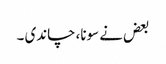
بعض نے سونا، چاندی ۔